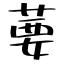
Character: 葽